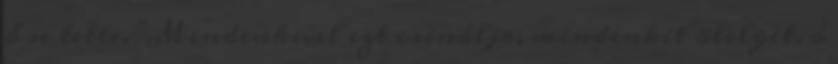
ő se tette. "Mindenkivel ezt csinálja, mindenkit ölelget, ó